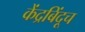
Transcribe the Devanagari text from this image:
केंद्रबिंदूच